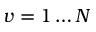
v = 1 \ldots N